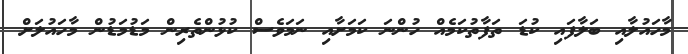
މާހައުލާއި ބަލާފައި ކުޑަ ތަފާތުކަމެއް ހުންނަ ކަމަށާއި ނަމަވެސް ކުޅުންތެރިން މަޑުމަޑުން މާހައުލަށް